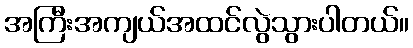
အကြီးအကျယ်အထင်လွဲသွားပါတယ်။